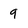
Character: 9